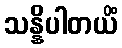
သန္နိပါတယိံ